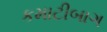
કમાટીબાગ